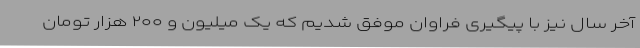
آخر سال نیز با پیگیری فراوان موفق شدیم که یک میلیون و ۲۰۰ هزار تومان